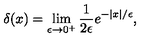
\delta ( x ) = \lim _ { \epsilon \rightarrow 0 ^ { + } } { \frac { 1 } { 2 \epsilon } } e ^ { - | x | / \epsilon } ,